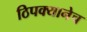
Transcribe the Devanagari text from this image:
ठिपक्यानेच